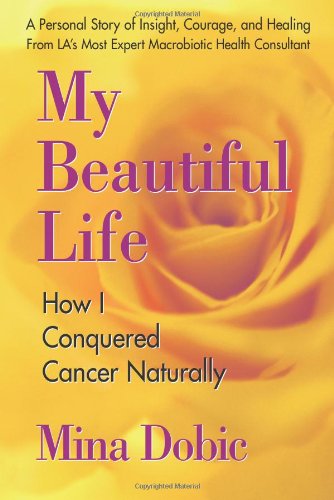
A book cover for My Beautiful Life: How I Conquered Cancer Naturally; Mina Dobic; Health, Fitness & Dieting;